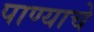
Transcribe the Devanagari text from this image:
पाण्‍याचे